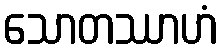
သောတဿာဟံ